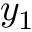
y _ { 1 }